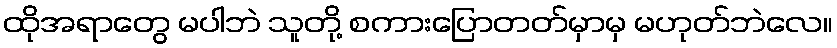
ထိုအရာတွေ မပါဘဲ သူတို့ စကားပြောတတ်မှာမှ မဟုတ်ဘဲလေ။